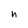
Character: h